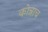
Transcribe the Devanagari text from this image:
कोन्नाच